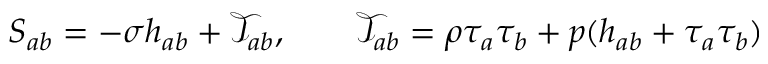
S _ { a b } = - \sigma h _ { a b } + \mathcal { T } _ { a b } , \qquad \mathcal { T } _ { a b } = \rho \tau _ { a } \tau _ { b } + p ( h _ { a b } + \tau _ { a } \tau _ { b } ) \nonumber